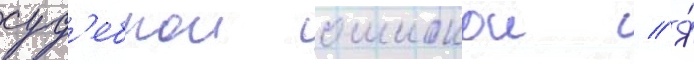
суд'ебнои ошибкои // Я́